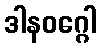
ဒါနဝဂ္ဂေါ